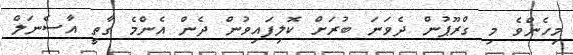
މިހެންވެ މި ގްރޫޕުން ދެވަނަ ބުރަށް ކޮލިފައިވުން ދެން އެންމެ ގާތީ އާސެނަލް